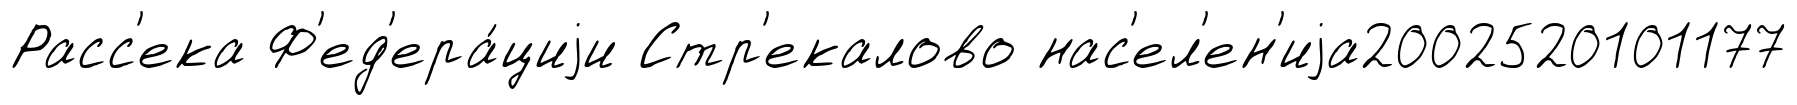
Расс'ека Ф'ед'ера́циjи Стр'екалово нас'ел'ен'иjа2002520101177